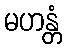
မဟန္တံ